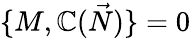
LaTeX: \{ M,\mathbb{C}({\vec{{N}}})\} =0